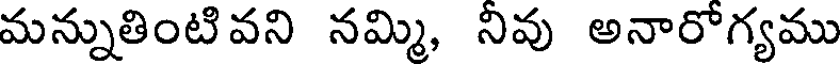
మన్నుతింటివని నమ్మి, నివు అనారోగ్యము